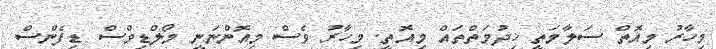
މިހާރު މިއޮތް ސަލާމަތީ ޚިދުމަތްތައް މިއޮތީ. މިހާރު ވެސް މިއޮންނަނީ މޯލްޑިވްސް ޑިފެންސް